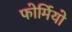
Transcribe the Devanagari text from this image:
फोर्मियो